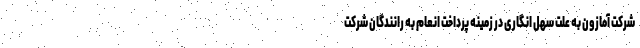
شرکت آمازون به علت سهل انگاری در زمینه پرداخت انعام به رانندگان شرکت